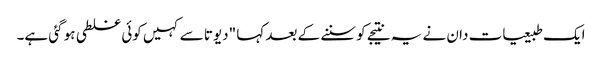
ایک طبیعیات دان نے یہ نتیجے کو سننے کے بعد کہا "دیوتا سے کہیں کوئی غلطی ہو گئی ہے۔